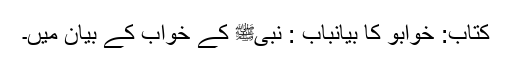
کتاب: خوابوؑ کا بیانباب : نبیﷺ کے خواب کے بیان میں۔